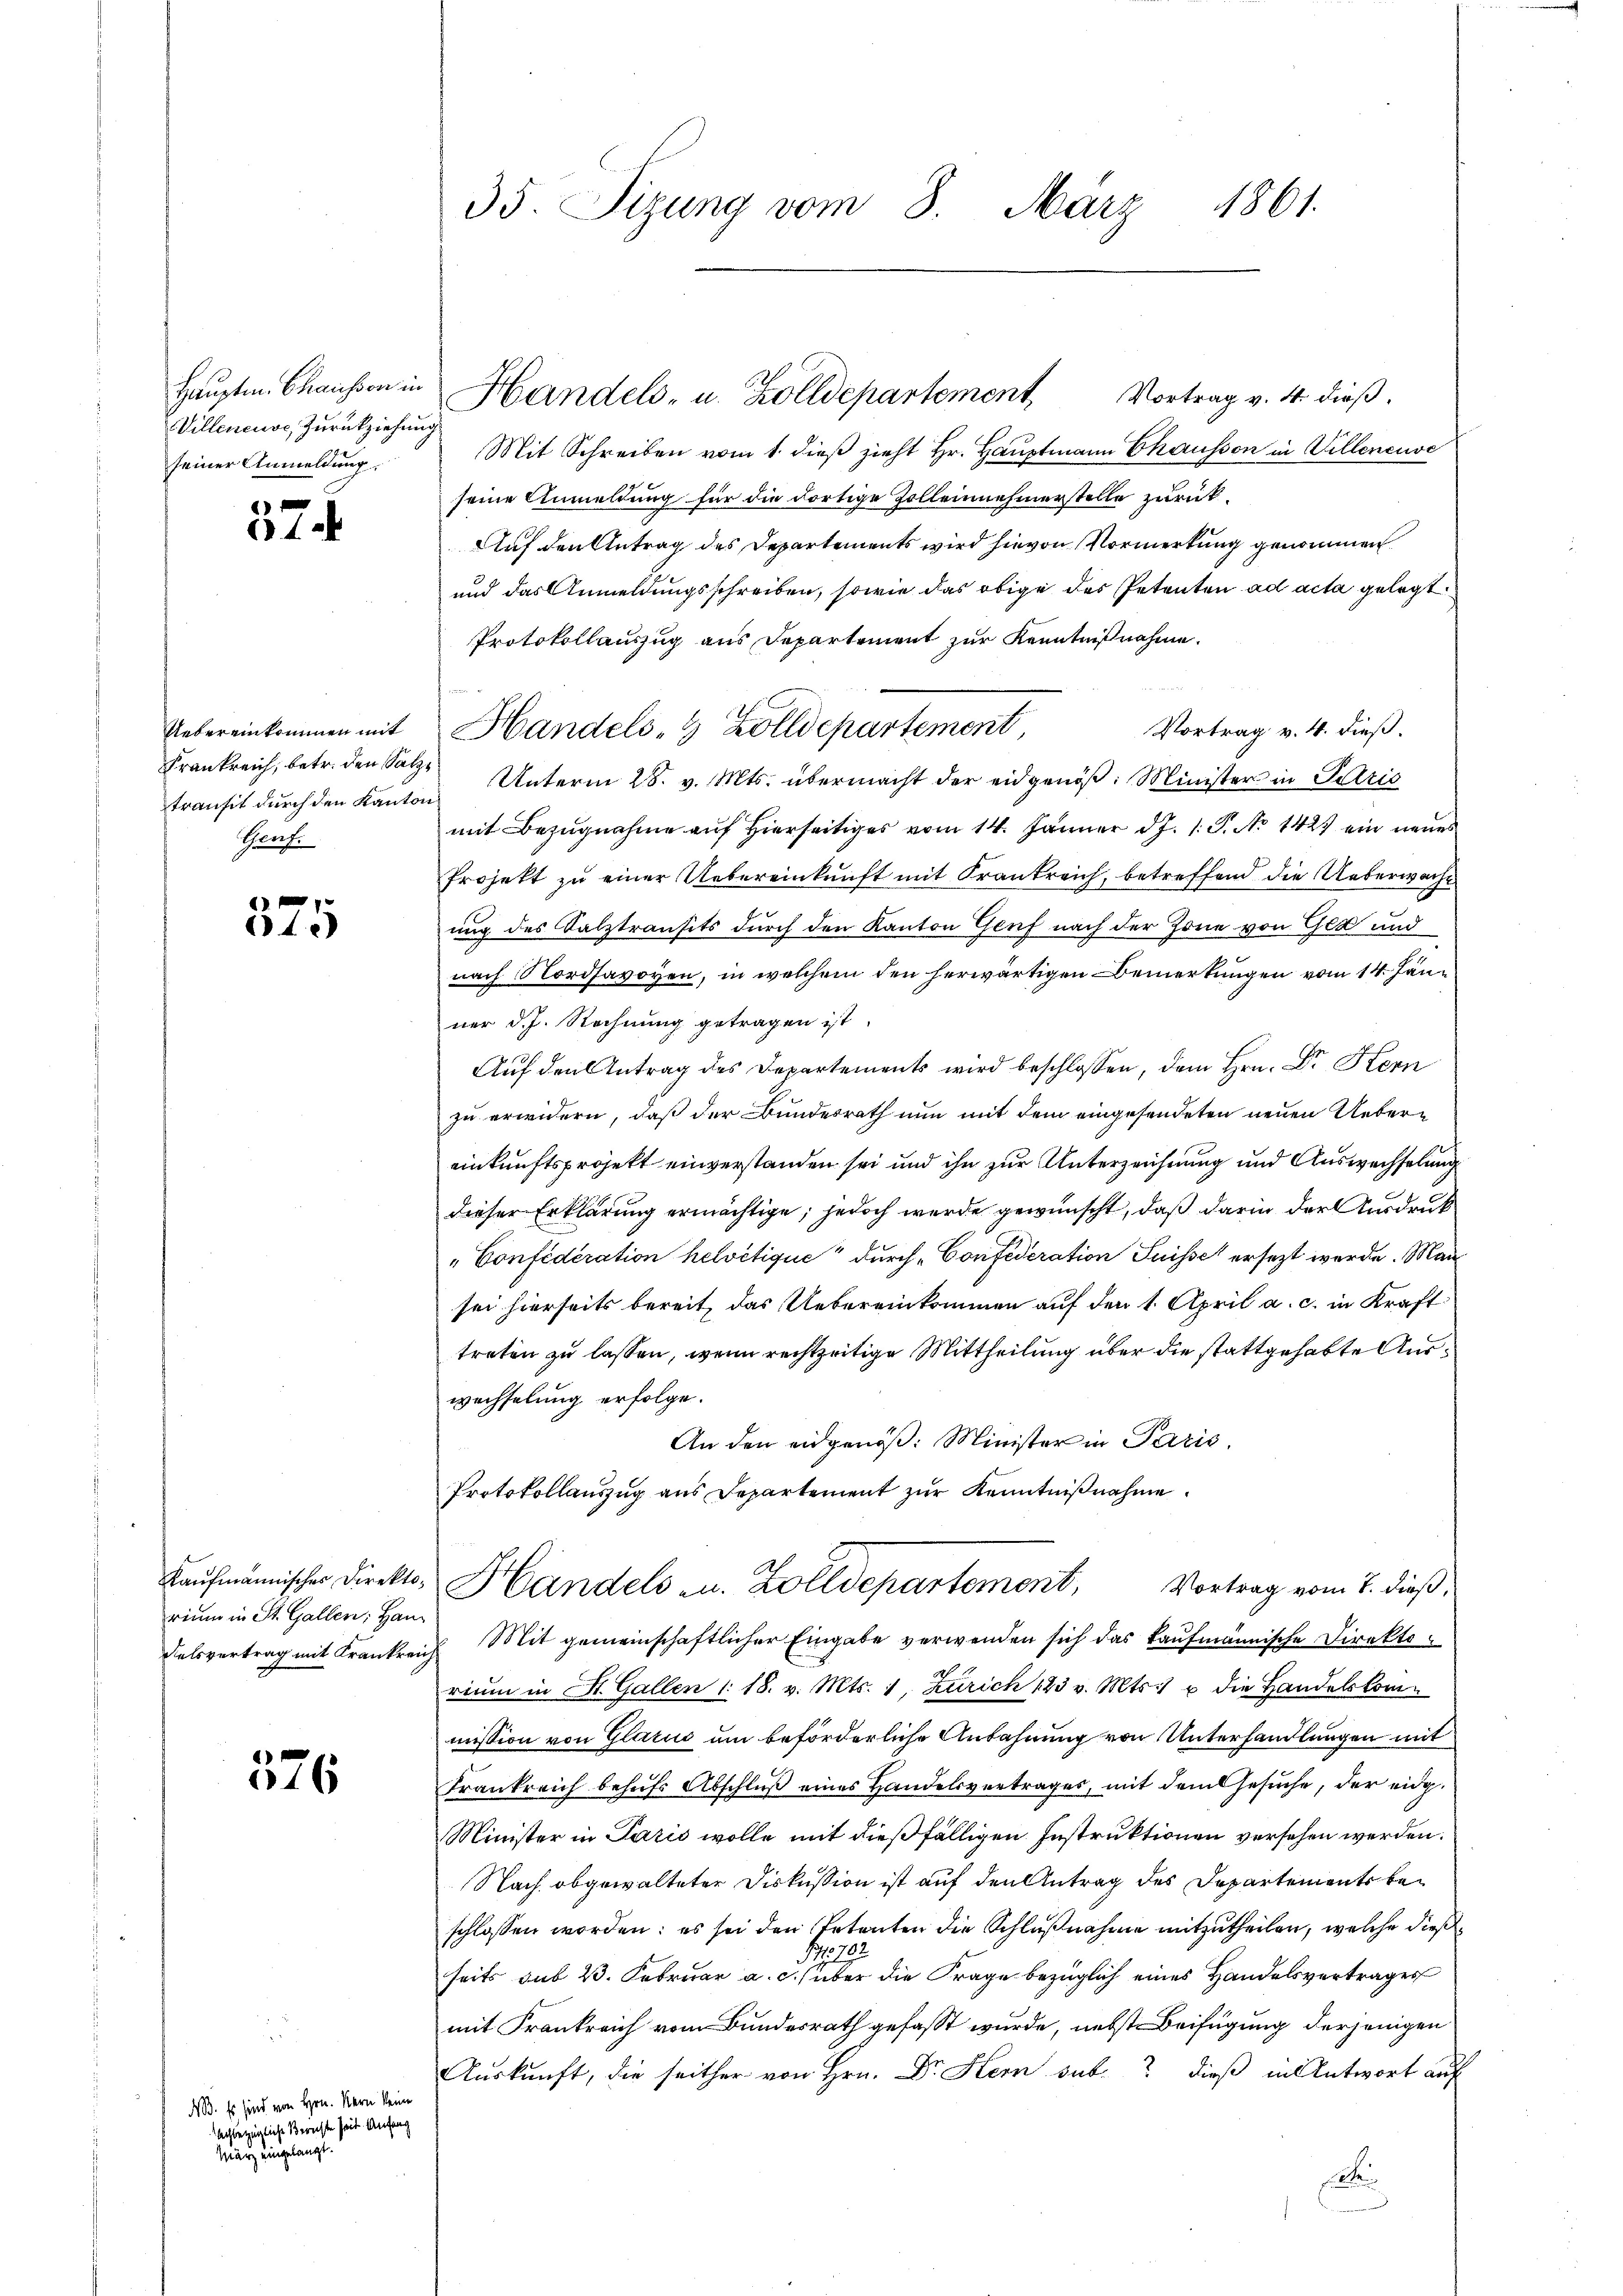
Hauptm. Chausson in
Villeneuve, Zurückziehung
seiner Anmeldung.

574

Uebereinkommen mit
Frankreich, betr. den Salztransit durch den Kanton
Sprach.

1
15

Kaufmännischer Direktorium in St. Gallen, Han¬
Felsvertrag mit Krankreich

376

NB. Es sind von Hrn. Kern keine
achbezügliche Berichte seit Anfang
März eingelangt.

35. Sizung vom 8. März 1861.

Mit Schreiben vom 1. dieß zieht Hr. Hauptmann Chausson in Villeneuve
seine Anmeldung für die dortige Zolleinehmerstelle zurück¬
Auf den Antrag des Departements wird hievon Vormerkung genommen
und das Anmeldungsschreiben, sowie das obige des Petenten ad acta gelegt.
Protokollauszug aus Departement zur Kenntnißnahme.
Vortrag v. 4. dieß.
Handels- & Zolldepartement,
Unterm 28. v. Mts. übermacht der eidgenöß: Minister in Patric
mit Bezŭgnahme auf hierseitiges vom 14. Jänner d. J. 1. P. No 1427 ein neues
Projekt zu einer Uebereinkunft mit Krankreich, betreffend die Ueberwache
ung des Salztransits durch den Kanton Genf nach der Zone von Gek und
nach Nordsavoyen, in welchem den herwärtigen Bemerkungen vom 14. Jänner d. J. Rechnung getragen ist.
Auf den Antrag des Departements wird beschlossen, dem Hrn. Dr Kern
zu erwidern, daß der Bundesrath nun mit dem eingesendeten neuen Uebereinkunftsprojekt einverstanden sei und ihn zur Unterzeichnung und Auswechselung
dieser Erklärung ermächtige; jedoch werde gewünscht, daß darin der Ausdruck
Confideration helvetique durch Confederation Suisse ersezt werde. Mansei hierseits bereit, das Uebereinkommen auf den 1. April a. c. in Kraft
treten zu lassen, wenn rechtzeitige Mittheilung über die stattgehabte Auswechselung erfolge.
An den eidgenöß: Minister in Paris.
Protokollauszug aus Departement zur Kenntnißnahme
Handels u. Zolldepartemont, Vortrag vom 2. dieß,
Mit gemeinschaftlicher Eingabe verwenden sich das kaufmännische Direktorium in St. Gallen 1. 18. v. Mts. 1, Zürich 123 v. Mts. u die Handelskommission von Glarus um beförderliche Anbahnung von Unterhandlungen mit
Frankreich behufs Abschluß eines Handelsvertrages, mit dem Gesuche, der eidg.
Minister in Paris wolle mit dießfälligen Instruktionen versehen werden.
Nach abgewalteten Diskussion ist auf den Antrag des Departements beschlossen worden; es sei den Petenten die Schlußnahme mitzutheilen, welche dieß¬
10
seits sub 23. Februar a. c. über die Frage bezüglich eines Handelsvertrages
mit Frankreich vom Bundesrath gefasst wurde, nebst Beifügung derjenigen
Auskunft, die seither von Hrn. Dr. Hern sub dieß in Antwort auf
e

Handels- u. Zolldepartement Vortrag v. 4. dieß.